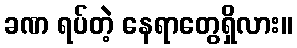
ခဏ ရပ်တဲ့ နေရာတွေရှိလား။